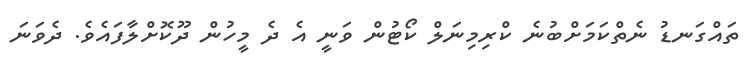
ތައްގަނޑު ނެތްކަމަށްބުނެ ކްރިމިނަލް ކޯޓުން ވަނީ އެ ދެ މީހުން ދޫކޮށްލާފައެވެ. ދެވަނަ